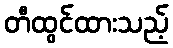
တီထွင်ထားသည့်